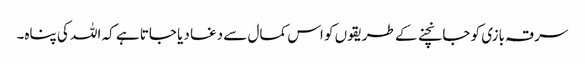
سرقہ بازی کو جانچنے کے طریقوں کو اس کمال سے دغا دیا جاتا ہے کہ اللہ کی پناہ۔